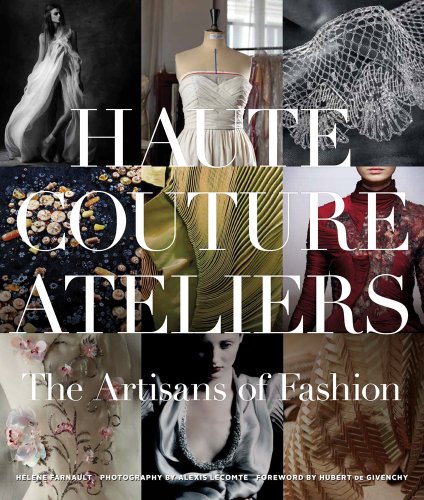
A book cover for The Haute Couture Atelier: The Artisans of Fashion; Hilhne Farnault; Humor & Entertainment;